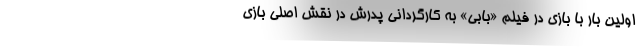
اولین بار با بازی در فیلم «بابی» به کارگردانی پدرش در نقش اصلی بازی